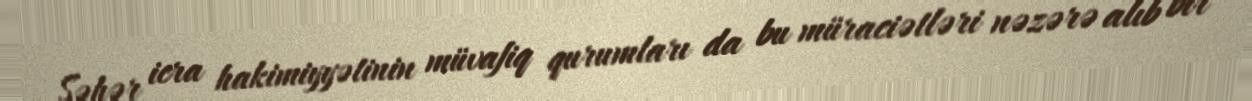
Şəhər icra hakimiyyətinin müvafiq qurumları da bu müraciətləri nəzərə alıb bir